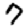
Digit: 7